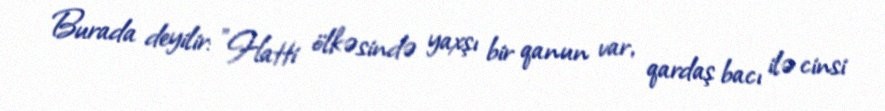
Burada deyilir: "Hatti ölkəsində yaxşı bir qanun var, qardaş bacı ilə cinsi